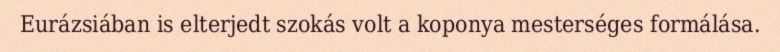
Eurázsiában is elterjedt szokás volt a koponya mesterséges formálása.